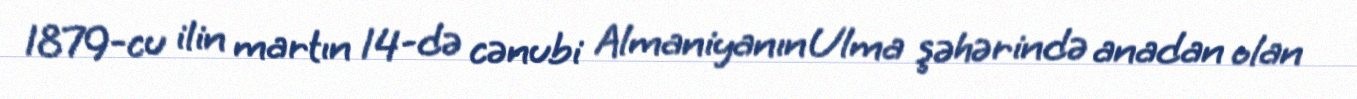
1879-cu ilin martın 14-də cənubi Almaniyanın Ulma şəhərində anadan olan